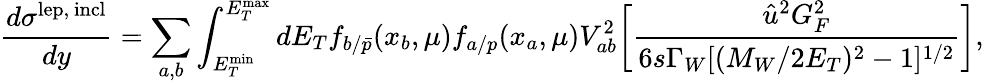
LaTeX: {\frac{d\sigma^{\mathrm{lep,\ incl}}}{dy}}=\sum_{a,b}\int_{E_{T}^{\mathrm{min}}}^{E_{T}^{\mathrm{max}}}dE_{T}f_{b/{\bar{p}}}(x_{b},\mu)f_{a/p}(x_{a},\mu)V_{ab}^{2}\biggl[{\frac{\hat{u}^{2}G_{F}^{2}}{6s\Gamma_{W}[(M_{W}/2E_{T})^{2}-1]^{1/2}}}\biggr],